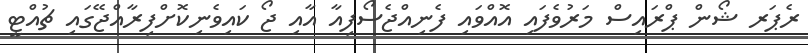
ރެޕަރ ޝޯން ޕްރައިސް މަރުވެފައި އޮއްވައި ފެނިއްޖެސޯފިއާ އާއި ޖޯ ކައިވެނިކޮށްފިރާއްޖޭގައި ޗުއްޓީ